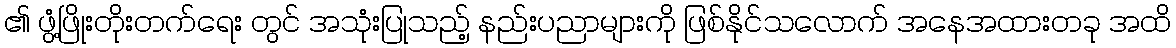
၏ ဖွံ့ဖြိုးတိုးတက်ရေး တွင် အသုံးပြုသည့် နည်းပညာများကို ဖြစ်နိုင်သလောက် အနေအထားတခု အထိ